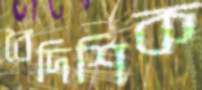
বৈদিশিক